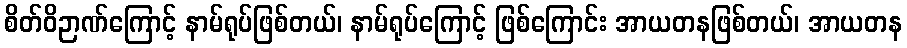
စိတ်ဝိဉာဏ်ကြောင့် နာမ်ရုပ်ဖြစ်တယ်၊ နာမ်ရုပ်ကြောင့် ဖြစ်ကြောင်း အာယတနဖြစ်တယ်၊ အာယတန